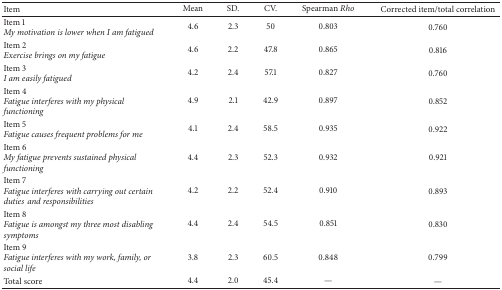
| Item | Mean | SD. | CV. | Spearman Rho | Corrected item/total correlation |
 | --- | --- | --- | --- | --- | --- |
 | Item 1 My motivation is lower when I am fatigued | 4.6 | 2.3 | 50 | 0.803 | 0.760 |
 | Item 2 Exercise brings on my fatigue | 4.6 | 2.2 | 47.8 | 0.865 | 0.816 |
 | Item 3 I am easily fatigued | 4.2 | 2.4 | 57.1 | 0.827 | 0.760 |
 | Item 4 Fatigue interferes with my physical functioning | 4.9 | 2.1 | 42.9 | 0.897 | 0.852 |
 | Item 5 Fatigue causes frequent problems for me | 4.1 | 2.4 | 58.5 | 0.935 | 0.922 |
 | Item 6 My fatigue prevents sustained physical functioning | 4.4 | 2.3 | 52.3 | 0.932 | 0.921 |
 | Item 7 Fatigue interferes with carrying out certain dutiesand responsibilities | 4.2 | 2.2 | 52.4 | 0.910 | 0.893 |
 | Item 8 Fatigue is amongst my three most disabling symptoms | 4.4 | 2.4 | 54.5 | 0.851 | 0.830 |
 | Item 9 Fatigue interferes with my work, family, or social life | 3.8 | 2.3 | 60.5 | 0.848 | 0.799 |
 | Total score | 4.4 | 2.0 | 45.4 | — | — |